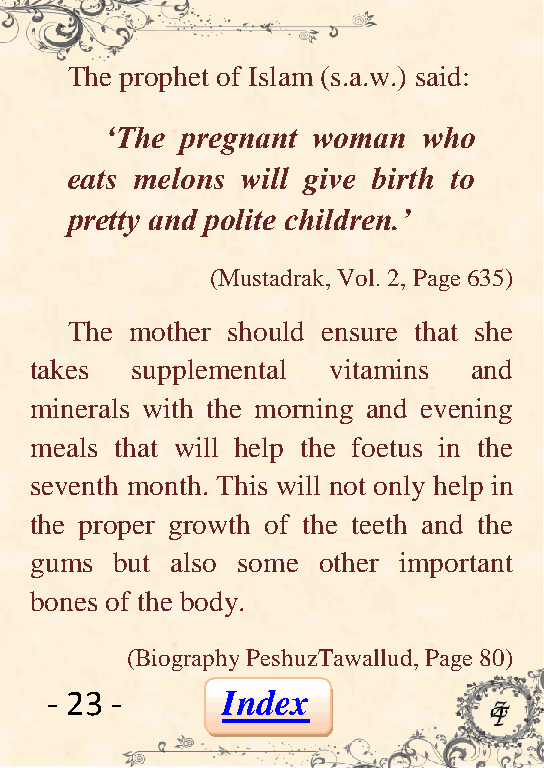
The prophet of Islam (s.a.w.) said:
 „The pregnant woman  who
 eats melons will give birth to
 pretty and polite children.‟
 (Mustadrak, Vol. 2, Page 635)
 The  mother should ensure that she
 takes  supplemental vitamins and
 minerals with the morning and evening
 meals that will help the foetus in the
 seventh month. This will not only help in
 the proper growth of the teeth and the
 gums  but also some other important
 bones of the body.
 (Biography PeshuzTawallud, Page 80)
 - 23 -      Index